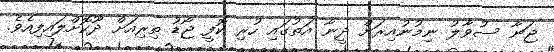
ޖަނާ ސުވާލު ނިމުނުއިރަށް ދީނާ އަތުގައި ހުރި ކޮފީ ޖޯޑު ތިރިއަށް ދޫކޮށްލައިފިއެވެ.